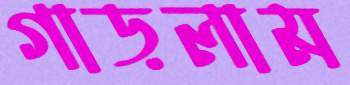
গাড়লাম